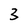
Character: 3